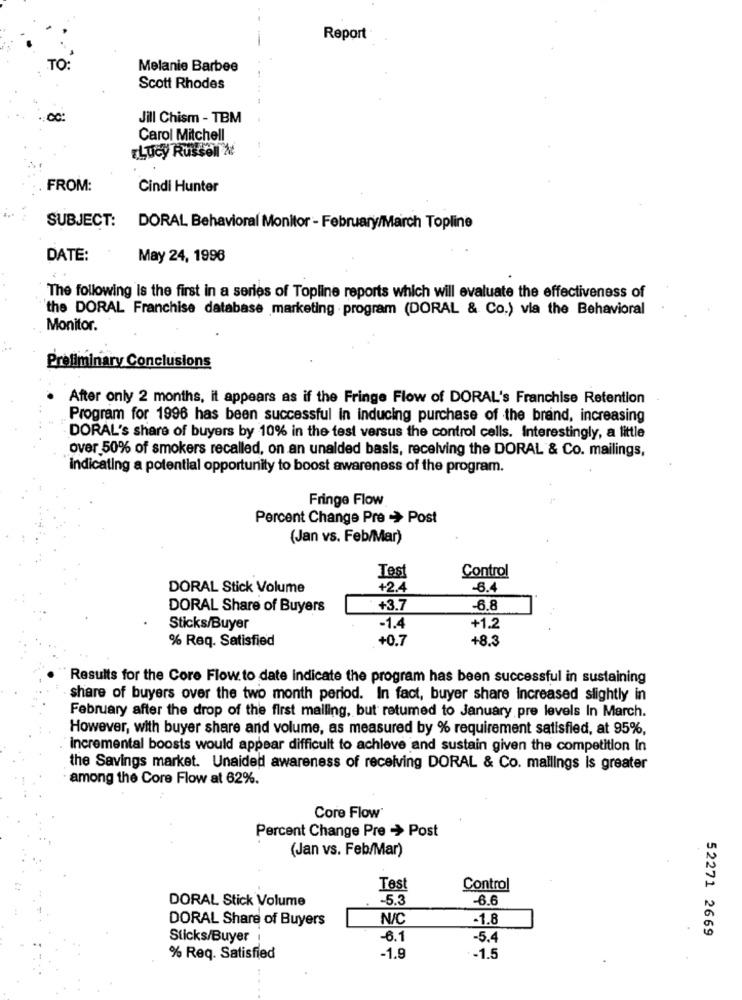
Report
TO:
Melanie Barbee
Scott Rhodes
CC:
Jill Chism - TBM
Carol Mitchell
Lucy Russell &
FROM:
Cindi Hunter
SUBJECT: DORAL Behavioral Monitor - February/March Topline
DATE:
May 24, 1996
The following Is the first in a series of Topline reports which will evaluate the effectiveness of
"the DORAL Franchise database marketing . program (DORAL & Co.) via the Behavioral
Monitor.
Preliminary Conclusions
After only 2 months, it appears as if the Fringe Flow of DORAL's Franchise Retention
Program for 1996 has been successful In inducing purchase of the brand, increasing
DORAL's share of buyers by 10% in the test versus the control cells. Interestingly, a little
over 50% of smokers recalled, on an unaided basis, receiving the DORAL & Co. mailings,
indicating a potential opportunity to boost awareness of the program.
Fringe Flow
Percent Change Pre > Post
(Jan vs. Feb/Mar)
Control
Test
DORAL Stick Volume
+2.4
-6.4
DORAL Share of Buyers
+3.7
-6.8
Sticks/Buyer
-1.4
+1.2
% Req. Satisfied
+0.7
+8.3
Results for the Core Flow to date indicate the program has been successful in sustaining
share of buyers over the two month period. In fact, buyer share increased slightly in
February after the drop of the first mailing, but retumed to January pre levels In March.
However, with buyer share and volume, as measured by % requirement satisfied, at 95%,
incremental boosts would appear difficult to achieve and sustain given the competition In
the Savings market. Unaided awareness of receiving DORAL & Co. mallings is greater
among the Core Flow at 62%.
Core Flow
Percent Change Pre > Post
(Jan vs. Feb/Mar)
Test
Control
DORAL Stick Volume
-5.3
-6.6
DORAL Share of Buyers
N/C
-1.8
52271 2669
Sticks/Buyer
-6.1
-5,4
% Req. Satisfied
-1.9
-1.5